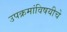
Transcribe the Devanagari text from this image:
उपक्रमांविषयीचे